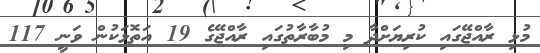
މުޅި ރާއްޖޭގައި ކުރިޔަށްދާ މި މުބާރާތުގައި ރާއްޖޭގެ 19 އަތޮޅަކުން ވަނީ 117